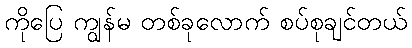
ကိုပြေ ကျွန်မ တစ်ခုလောက် စပ်စုချင်တယ်